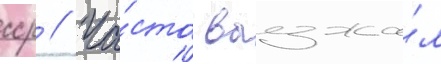
сср // Ча́сто выезжа́л